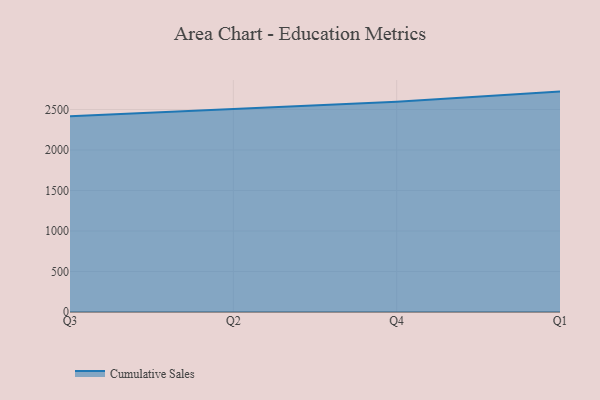
{"axis": {"x": "Quarter", "y": "Latency (ms)"}, "legend": ["Cumulative Sales"], "data": [{"x": "Q3", "y": 2417.8, "type": "Cumulative Sales"}, {"x": "Q2", "y": 2506.0, "type": "Cumulative Sales"}, {"x": "Q4", "y": 2594.6, "type": "Cumulative Sales"}, {"x": "Q1", "y": 2721.1, "type": "Cumulative Sales"}]}